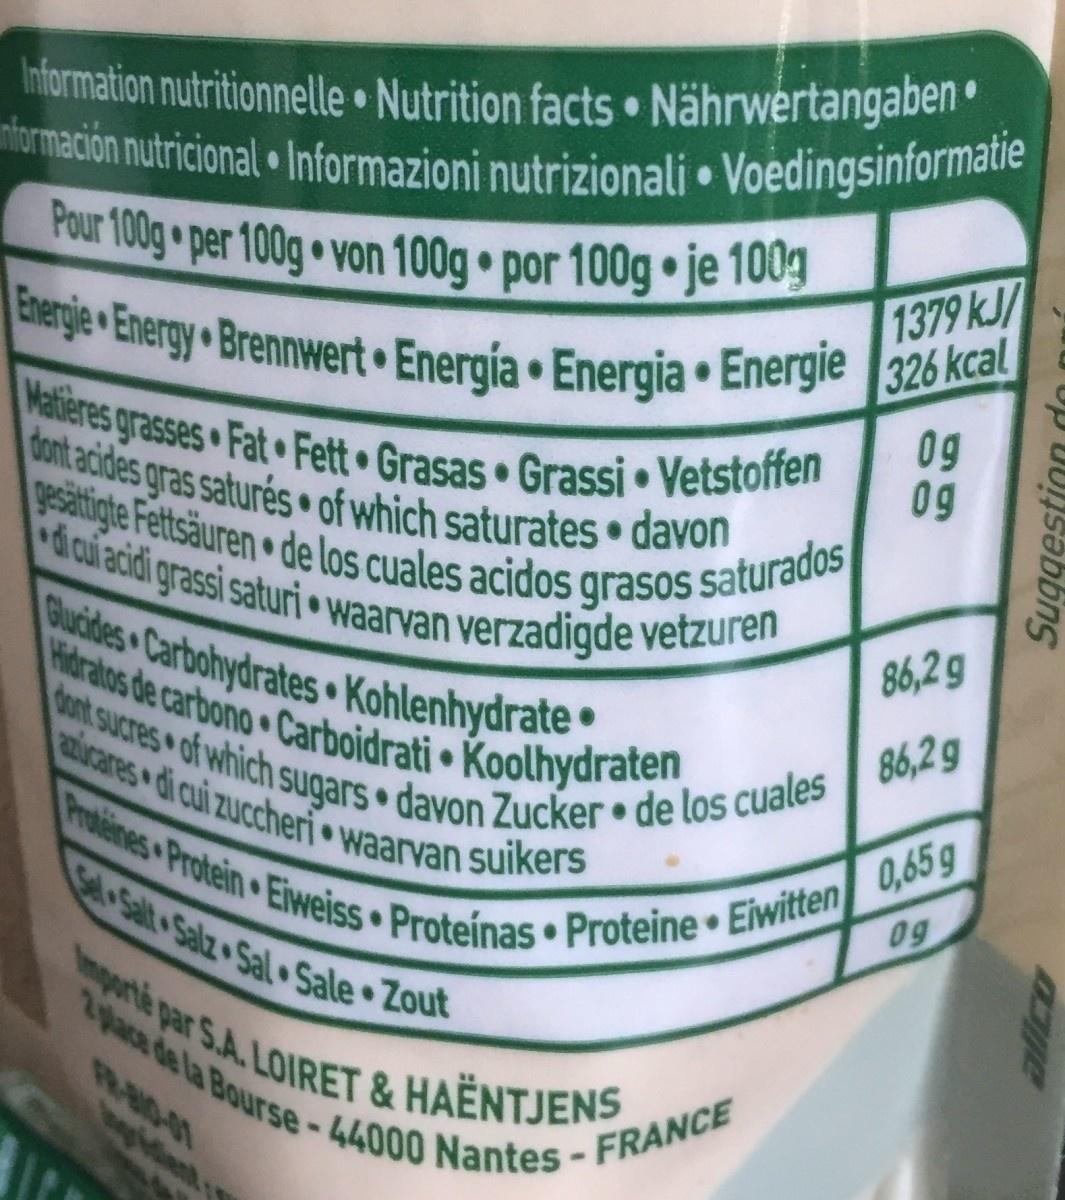
1379 kJ/
Information nutritionnelle Nutrition facts Nährwertangaben información nutricional Informazioni nutrizionali Voedingsinformatie Pour 100g per 100g von 100g por 100g je 100g Energie Energy Brennwert Energía Energia Energie 326 kcal Matieres grasses Fat Fett Grasas Grassi Vetstoffen dont acides gras saturés of which saturates • davon
09 09
gesättigte Fettsäuren de los cuales acidos
●
grasos
86,2g 86,2 g
aircares di cui zuccheri waarvan suikers
di cui acidi grassi saturi waarvan verzadigde vetzuren Glucides Carbohydrates. Kohlenhydrate Hidratos de carbono Carboidrati Koolhydraten dont sucres of which sugars davon Zucker de los cuales Proteines Protein Eiweiss Proteínas Proteine Eiwitten 0,65 g Importé par S.A. LOIRET & HAËNTJENS 2 place de la Bourse - 44000 Nantes - FRANCE
Set Salt Salz Sal Sale Zout
.
●
●
●
●
saturados
●
00
09
Suggestion do
alico